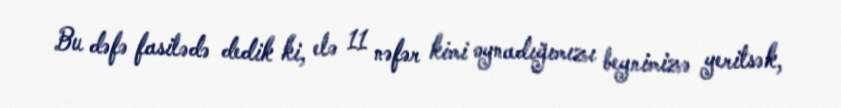
Bu dəfə fasilədə dedik ki, elə 11 nəfər kimi oynadığımızı beynimizə yeritsək,